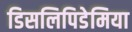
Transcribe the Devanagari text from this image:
डिसलिपिडेमिया